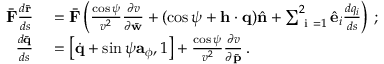
\begin{array} { r l } { \bar { \bf F } \frac { d \bar { \bf r } } { d s } } & { { } = \bar { \bf F } \left( \frac { \cos \psi } { v ^ { 2 } } \frac { \partial v } { \partial \bar { \bf w } } + ( \cos \psi + { \bf h } \cdot { \bf q } ) \hat { \bf n } + \sum _ { \mathrm { ~ i ~ } = 1 } ^ { 2 } \hat { \bf e } _ { i } \frac { d q _ { i } } { d s } \right) \, ; } \\ { \frac { d \bar { \bf q } } { d s } } & { { } = \left[ \dot { \bf q } + \sin \psi { \bf a } _ { \phi } , 1 \right] + \frac { \cos \psi } { v ^ { 2 } } \frac { \partial v } { \partial \bar { \bf p } } \, . } \end{array}